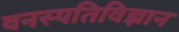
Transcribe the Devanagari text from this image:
वनस्‍पतिविज्ञान